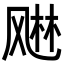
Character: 𬱾